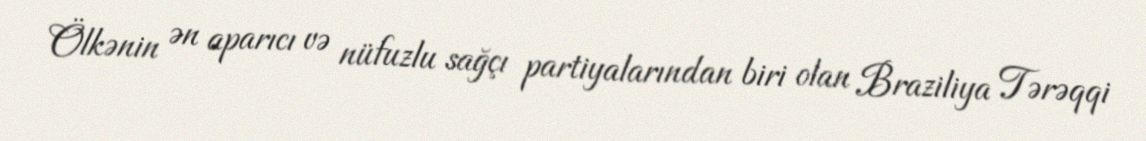
Ölkənin ən aparıcı və nüfuzlu sağçı partiyalarından biri olan Braziliya Tərəqqi